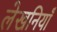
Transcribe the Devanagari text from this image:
लेखनियाँ